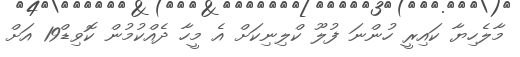
މާލެހިޔާ ކައިރީ ހުންނަ ފުލޫ ކްލިނިކަށް އެ މީހާ ދެއްކުމުން ކޮވިޑް19 އަށް